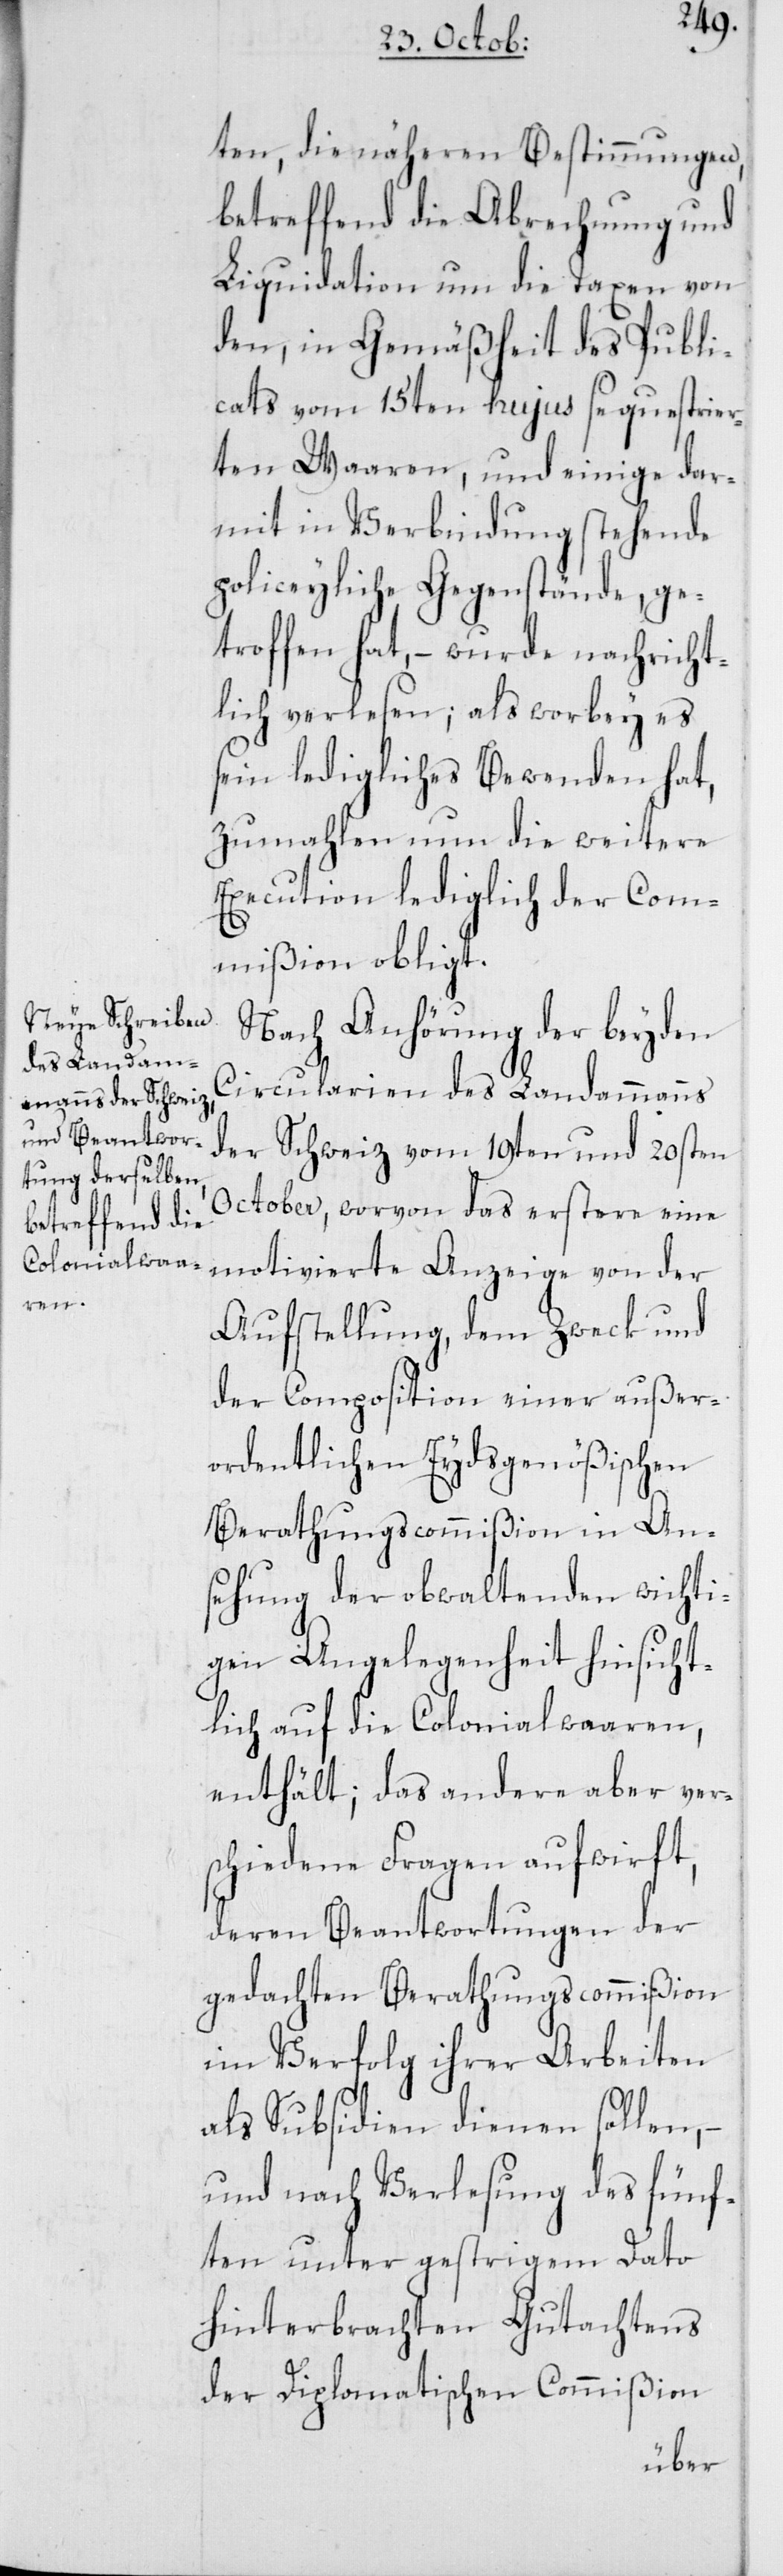
ten, die näheren Bestimmungen,
betreffend die Abrechnung und
Liquidation um die Taxen von
den, in Gemäßheit des Publi¬
cats vom 15ten hujus sequestrier¬
ten Waaren, und einige dar¬
mit in Verbindung stehende
policeyliche Gegenstände, ge¬
troffen hat, – wurde nachricht¬
lich verlesen; als worbey es
sein ledigliches Bewenden hat,
zumahlen nun die weitere
Execution lediglich der Com¬
mißion obligt.
Nach Anhörung der beyden
Circularien des Landammanns
der Schweiz vom 19ten und 20sten
October, worvon das Erstere eine
Aufstellung, dem Zweck und
der Composition einer außer¬
ordentlichen Eydsgenößischen
Berathungscommißion in An¬
sehung der obwaltenden wichti¬
gen Angelegenheit hinsicht¬
lich auf die Colonialwaaren,
enthält; das andere aber ver¬
schiedene Fragen aufwirft,
deren Beantwortungen der
gedachten Berathungscommißion
im Verfolg ihrer Arbeiten
als Subsidien dienen sollen, –
und nach Verlesung des fünf¬
ten unter gestrigem Dato
hinterbrachten Gutachtens
der Diplomatischen Commißion